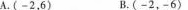
A.(-2，6) B.(-2，-6)